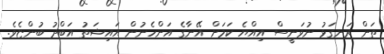
ތަން ރަނގަޅު ނުވަނީސް އިއްޔެ ކަމަށް އޭނާގެ އަންހެނުން އައިޝަތު އަބްދު ބުންޏެވެ.